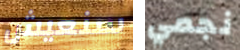
سنعيش نجمي